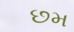
છમ